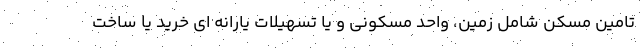
تامین مسکن شامل زمین، واحد مسکونی و یا تسهیلات یارانه ای خرید یا ساخت